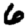
Digit: 6